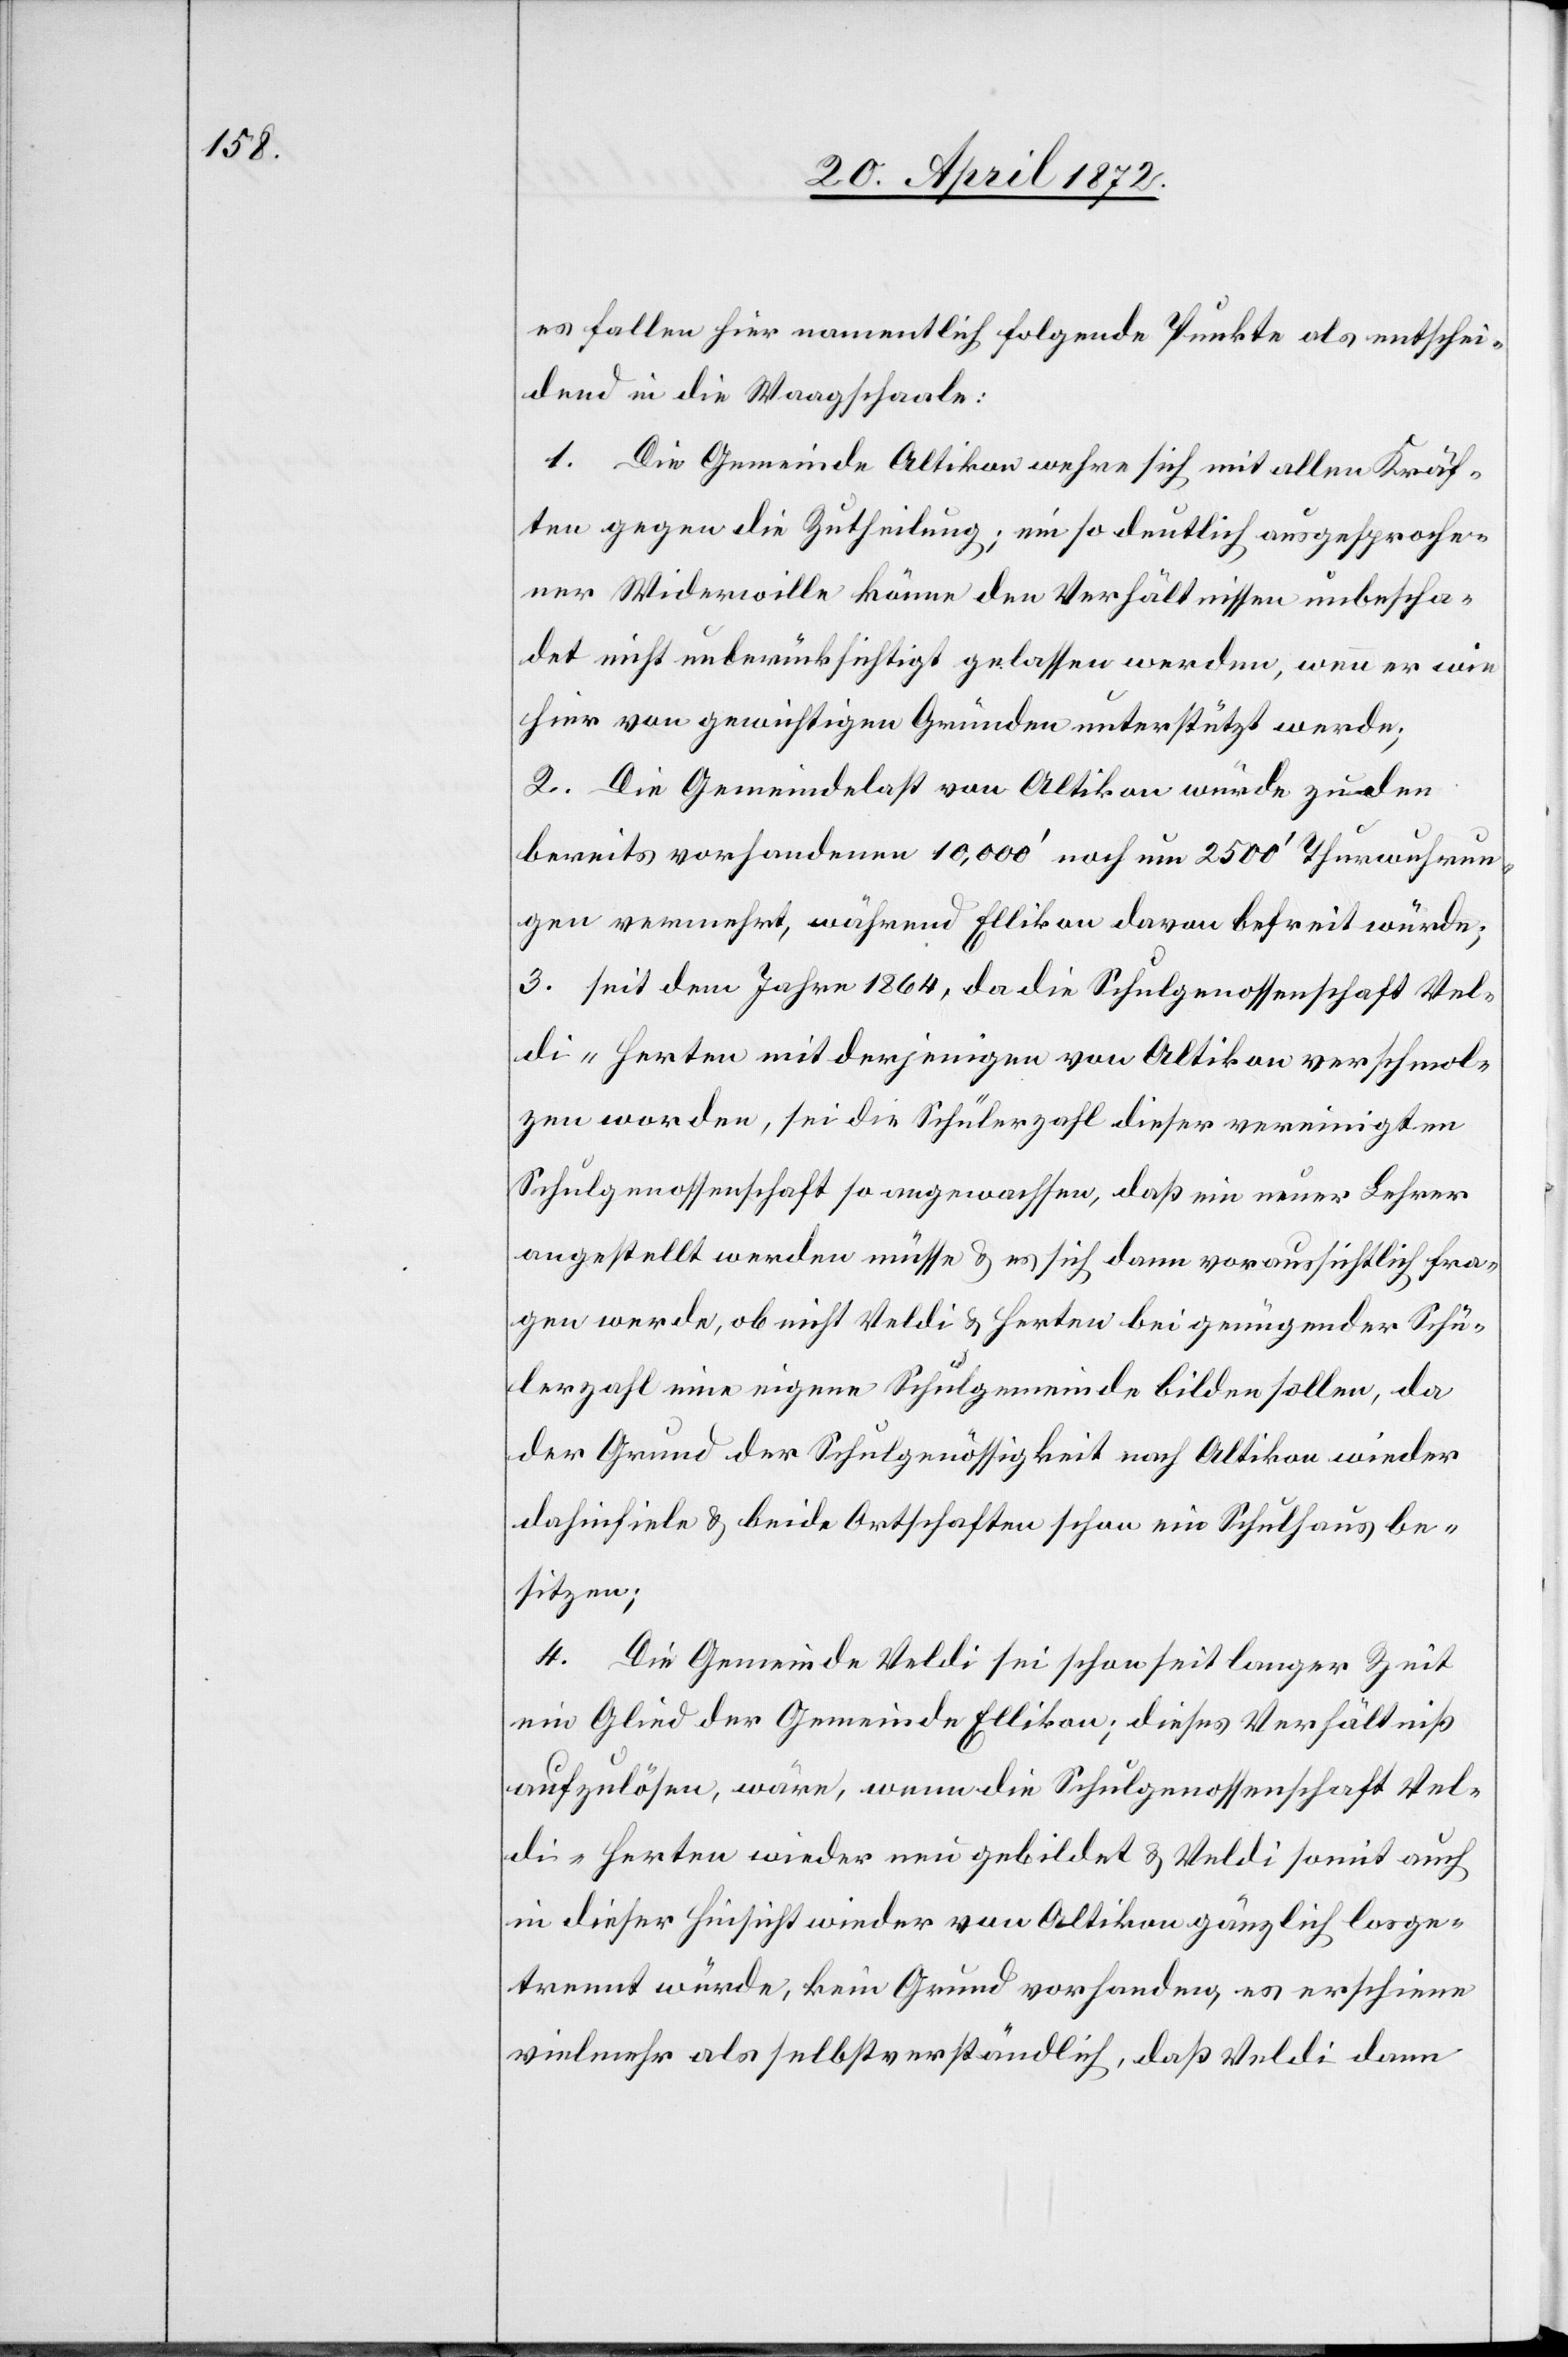
es fallen hier namentlich folgende Punkte als entschei¬
dend in die Waagschaale:
1. Die Gemeinde Altikon wehre sich mit allen Kräf¬
ten gegen die Zutheilung; ein so deutlich ausgesproche¬
ner Widerwille könne den Verhältnissen unbescha¬
det nicht unberücksichtigt gelassen werden, wenn er wie
hier von gewichtigen Gründen unterstützt werde;
2. Die Gemeindelast von Altikon würde zu den
bereits vorhandenen 10,000’ noch um 2500’ Thurwuhrun¬
gen vermehrt, während Ellikon davon befreit würde;
3. seit dem Jahre 1864, da die Schulgenossenschaft Vel¬
di-Herten mit derjenigen von Altikon verschmol¬
zen worden, sei die Schülerzahl dieser vereinigten
Schulgenossenschaft so angewachsen, daß ein neuer Lehrer
angestellt werden müsse u. es sich dann voraussichtlich fra¬
gen werde, ob nicht Veldi u. Herten bei genügender Schü¬
lerzahl eine eigene Schulgemeinde bilden sollen, da
der Grund der Schulgenössigkeit nach Altikon wieder
dahinfiele u. beide Ortschaften schon ein Schulhaus be¬
sitzen;
4. Die Gemeinde Veldi sei schon seit langer Zeit
ein Glied der Gemeinde Ellikon; dieses Verhältniß
aufzulösen, wäre, wenn die Schulgenossenschaft Vel¬
di-Herten wieder neu gebildet u. Veldi somit auch
in dieser Hinsicht wieder von Altikon gänzlich losge¬
trennt würde, kein Grund vorhanden, es erschiene
vielmehr als selbstverständlich, daß Veldi dann